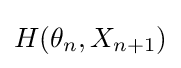
H(\theta _{n},X_{n+1})